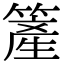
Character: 簅